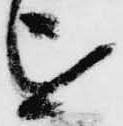
を